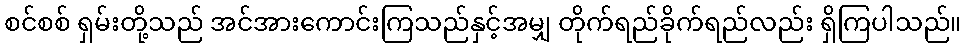
စင်စစ် ရှမ်းတို့သည် အင်အားကောင်းကြသည်နှင့်အမျှ တိုက်ရည်ခိုက်ရည်လည်း ရှိကြပါသည်။